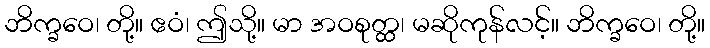
ဘိက္ခဝေ၊ တို့။ ဧဝံ၊ ဤသို့။ မာ အဝစုတ္ထ၊ မဆိုကုန်လင့်။ ဘိက္ခဝေ၊ တို့။